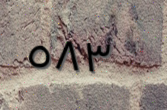
٥٨٣